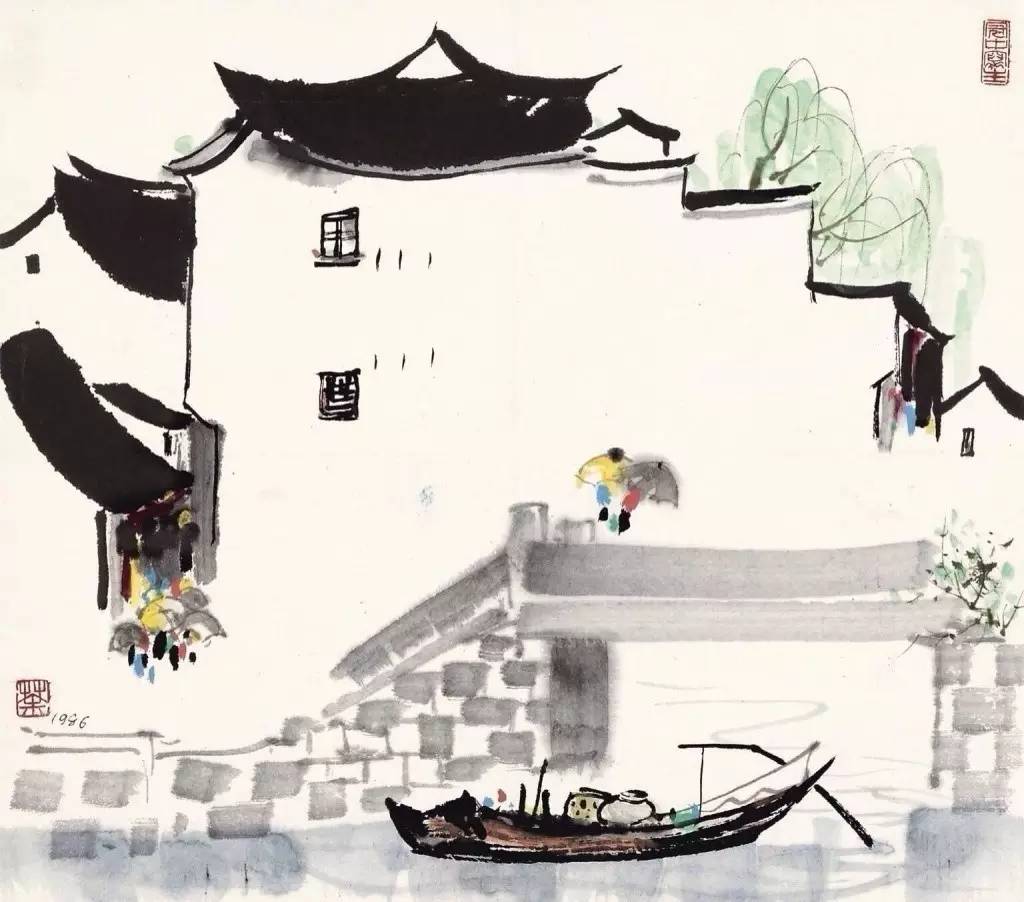
早知恁么。悔当初不把雕鞍锁。